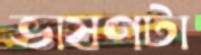
ভাষণটা